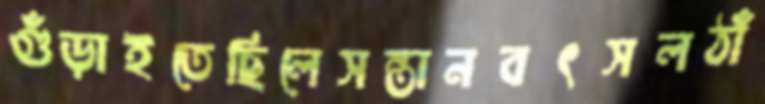
গুঁড়াইতেছিলেসন্তানবৎসলঠাঁ